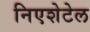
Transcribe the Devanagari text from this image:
निएशेटेल